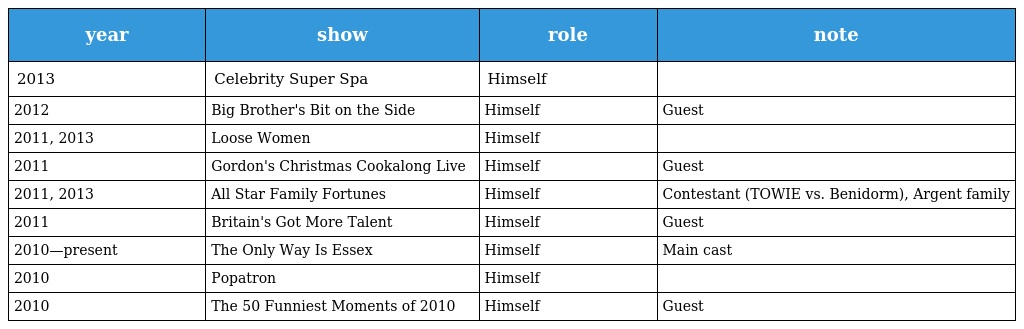
| year | show | role | note |
 | --- | --- | --- | --- |
 | 2013 | Celebrity Super Spa | Himself |  |
 | 2012 | Big Brother's Bit on the Side | Himself | Guest |
 | 2011, 2013 | Loose Women | Himself |  |
 | 2011 | Gordon's Christmas Cookalong Live | Himself | Guest |
 | 2011, 2013 | All Star Family Fortunes | Himself | Contestant (TOWIE vs. Benidorm), Argent family |
 | 2011 | Britain's Got More Talent | Himself | Guest |
 | 2010—present | The Only Way Is Essex | Himself | Main cast |
 | 2010 | Popatron | Himself |  |
 | 2010 | The 50 Funniest Moments of 2010 | Himself | Guest |